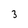
Character: 3